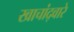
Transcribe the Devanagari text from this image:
खाचांद्वारे